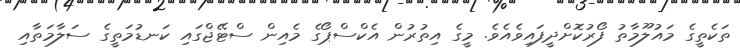
ތަކެތީގެ މައުލޫމާތު ފޯރުކޮށްދީފައިވެއެވެ. މީގެ އިތުރުން އެކްސްޕޯގެ މެއިން ސްޓޭޖްގައި ކަނޑުމަތީގެ ސަލާމަތާއި